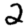
Digit: 2